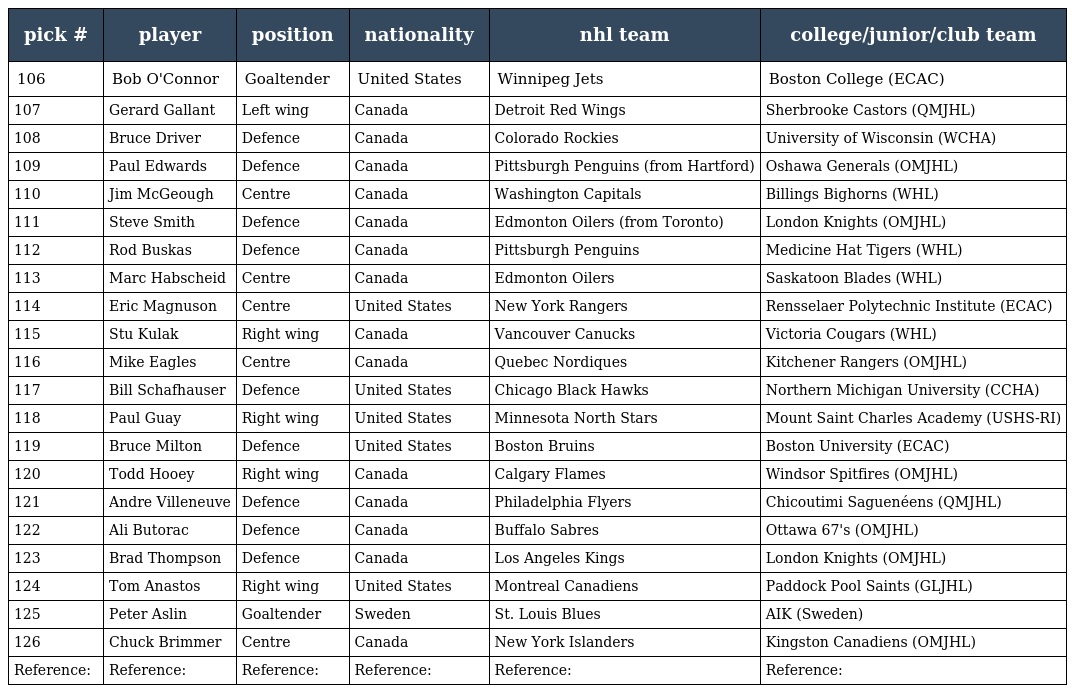
| pick # | player | position | nationality | nhl team | college/junior/club team |
 | --- | --- | --- | --- | --- | --- |
 | 106 | Bob O'Connor | Goaltender | United States | Winnipeg Jets | Boston College (ECAC) |
 | 107 | Gerard Gallant | Left wing | Canada | Detroit Red Wings | Sherbrooke Castors (QMJHL) |
 | 108 | Bruce Driver | Defence | Canada | Colorado Rockies | University of Wisconsin (WCHA) |
 | 109 | Paul Edwards | Defence | Canada | Pittsburgh Penguins (from Hartford) | Oshawa Generals (OMJHL) |
 | 110 | Jim McGeough | Centre | Canada | Washington Capitals | Billings Bighorns (WHL) |
 | 111 | Steve Smith | Defence | Canada | Edmonton Oilers (from Toronto) | London Knights (OMJHL) |
 | 112 | Rod Buskas | Defence | Canada | Pittsburgh Penguins | Medicine Hat Tigers (WHL) |
 | 113 | Marc Habscheid | Centre | Canada | Edmonton Oilers | Saskatoon Blades (WHL) |
 | 114 | Eric Magnuson | Centre | United States | New York Rangers | Rensselaer Polytechnic Institute (ECAC) |
 | 115 | Stu Kulak | Right wing | Canada | Vancouver Canucks | Victoria Cougars (WHL) |
 | 116 | Mike Eagles | Centre | Canada | Quebec Nordiques | Kitchener Rangers (OMJHL) |
 | 117 | Bill Schafhauser | Defence | United States | Chicago Black Hawks | Northern Michigan University (CCHA) |
 | 118 | Paul Guay | Right wing | United States | Minnesota North Stars | Mount Saint Charles Academy (USHS-RI) |
 | 119 | Bruce Milton | Defence | United States | Boston Bruins | Boston University (ECAC) |
 | 120 | Todd Hooey | Right wing | Canada | Calgary Flames | Windsor Spitfires (OMJHL) |
 | 121 | Andre Villeneuve | Defence | Canada | Philadelphia Flyers | Chicoutimi Saguenéens (QMJHL) |
 | 122 | Ali Butorac | Defence | Canada | Buffalo Sabres | Ottawa 67's (OMJHL) |
 | 123 | Brad Thompson | Defence | Canada | Los Angeles Kings | London Knights (OMJHL) |
 | 124 | Tom Anastos | Right wing | United States | Montreal Canadiens | Paddock Pool Saints (GLJHL) |
 | 125 | Peter Aslin | Goaltender | Sweden | St. Louis Blues | AIK (Sweden) |
 | 126 | Chuck Brimmer | Centre | Canada | New York Islanders | Kingston Canadiens (OMJHL) |
 | Reference: | Reference: | Reference: | Reference: | Reference: | Reference: |